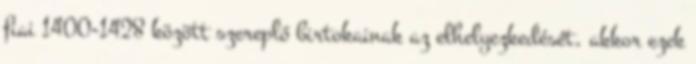
fiai 1400-1428 között szereplő birtokainak az elhelyezkedését, akkor ezek